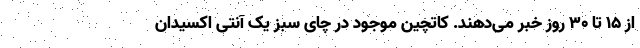
از ۱۵ تا ۳۰ روز خبر می‌دهند. کاتچین موجود در چای سبز یک آنتی اکسیدان